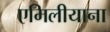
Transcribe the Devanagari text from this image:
एमिलीयाना